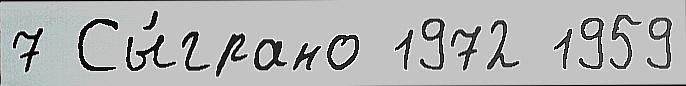
7 Сы́грано 1972 1959